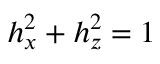
h _ { x } ^ { 2 } + h _ { z } ^ { 2 } = 1